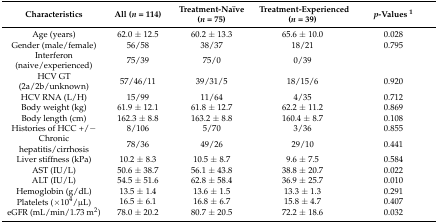
| Characteristics | All (n = 114) | Treatment-Naïve (n = 75) | Treatment-Experienced (n = 39) | p-Values 1 |
 | --- | --- | --- | --- | --- |
 | Age (years) | 62.0 ± 12.5 | 60.2 ± 13.3 | 65.6 ± 10.0 | 0.028 |
 | Gender (male/female) | 56/58 | 38/37 | 18/21 | 0.795 |
 | Interferon (naive/experienced) | 75/39 | 75/0 | 0/39 |  |
 | HCV GT (2a/2b/unknown) | 57/46/11 | 39/31/5 | 18/15/6 | 0.920 |
 | HCV RNA (L/H) | 15/99 | 11/64 | 4/35 | 0.712 |
 | Body weight (kg) | 61.9 ± 12.1 | 61.8 ± 12.7 | 62.2 ± 11.2 | 0.869 |
 | Body length (cm) | 162.3 ± 8.8 | 163.2 ± 8.8 | 160.4 ± 8.7 | 0.108 |
 | Histories of HCC +/− | 8/106 | 5/70 | 3/36 | 0.855 |
 | Chronic hepatitis/cirrhosis | 78/36 | 49/26 | 29/10 | 0.441 |
 | Liver stiffness (kPa) | 10.2 ± 8.3 | 10.5 ± 8.7 | 9.6 ± 7.5 | 0.584 |
 | AST (IU/L) | 50.6 ± 38.7 | 56.1 ± 43.8 | 38.8 ± 20.7 | 0.022 |
 | ALT (IU/L) | 54.5 ± 51.6 | 62.8 ± 58.4 | 36.9 ± 25.7 | 0.010 |
 | Hemoglobin (g/dL) | 13.5 ± 1.4 | 13.6 ± 1.5 | 13.3 ± 1.3 | 0.291 |
 | Platelets (×104/μL) | 16.5 ± 6.1 | 16.8 ± 6.7 | 15.8 ± 4.7 | 0.407 |
 | eGFR (mL/min/1.73 m2) | 78.0 ± 20.2 | 80.7 ± 20.5 | 72.2 ± 18.6 | 0.032 |